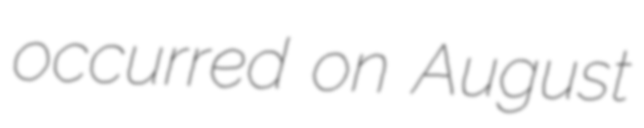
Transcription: occurred on August